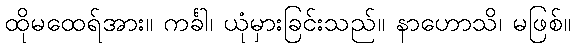
ထိုမထေရ်အား။ ကင်္ခါ၊ ယုံမှားခြင်းသည်။ နာဟောသိ၊ မဖြစ်။